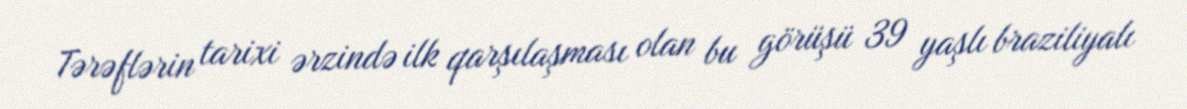
Tərəflərin tarixi ərzində ilk qarşılaşması olan bu görüşü 39 yaşlı braziliyalı